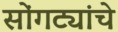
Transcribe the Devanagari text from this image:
सोंगट्यांचे